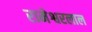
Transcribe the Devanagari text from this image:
रामेश्वरलाल